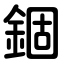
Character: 錮